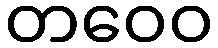
တဝေဝ